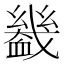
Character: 𧗒